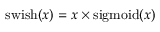
\mathrm { s w i s h } ( x ) = x \times \mathrm { s i g m o i d } ( x )